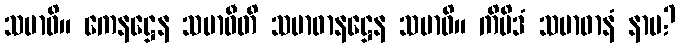
သမာဓိ။ ကေနဋ္ဌေန သမာဓီတိ သမာဓာနဋ္ဌေန သမာဓိ။ ကိမိဒံ သမာဓာနံ နာမ?